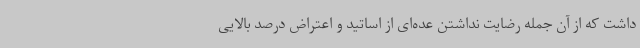
داشت که از آن جمله رضایت نداشتن عده‌ای از اساتید و اعتراض درصد بالایی